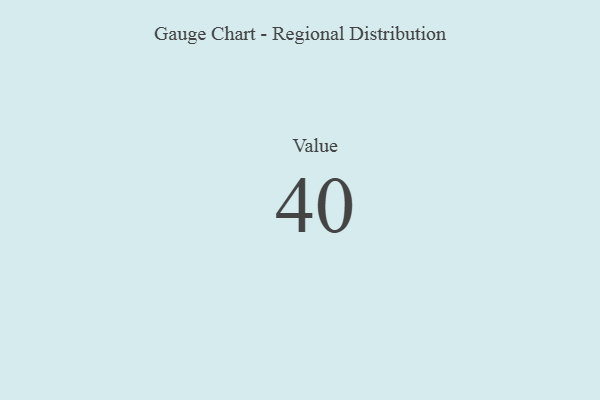
{"axis": {"x": "Metric", "y": "Value"}, "legend": [""], "data": [{"x": "Value", "y": 40, "type": ""}]}